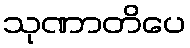
သုဏာတိပေ